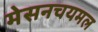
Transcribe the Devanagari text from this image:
मेसनचयमल